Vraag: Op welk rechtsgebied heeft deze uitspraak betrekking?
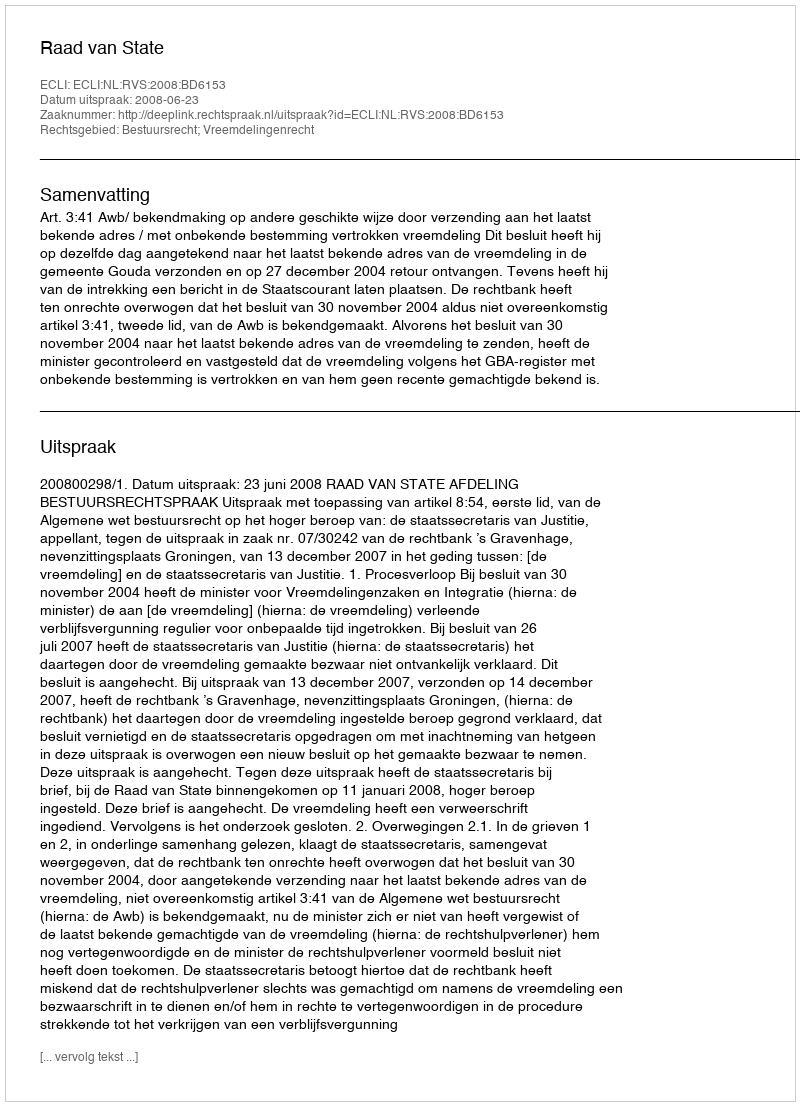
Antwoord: Bestuursrecht; Vreemdelingenrecht